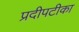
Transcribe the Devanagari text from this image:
प्रदीपटीका